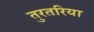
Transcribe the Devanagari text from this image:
तुरतरिया